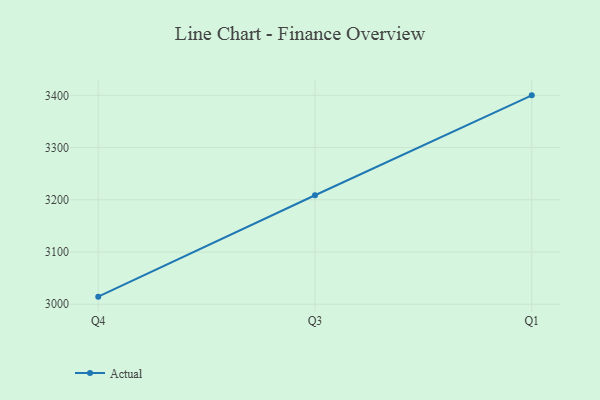
{"axis": {"x": "Quarter", "y": "Backlog"}, "legend": ["Actual"], "data": [{"x": "Q4", "y": 3014.5, "type": "Actual"}, {"x": "Q3", "y": 3208.7, "type": "Actual"}, {"x": "Q1", "y": 3400.0, "type": "Actual"}]}